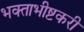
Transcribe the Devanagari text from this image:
भक्ताभीष्टकरी